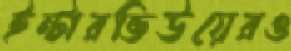
ইন্টারভিউয়েরও